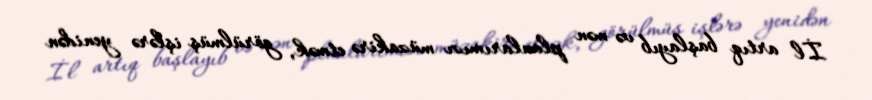
İl artıq başlayıb və mən planlarımızı müzakirə etmək, görülmüş işlərə yenidən